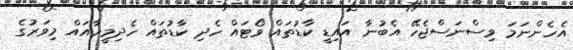
އެހެންނަމަ ވިސްނަސްޖެހޭ އެބުނާ އައިޑީ ކާޑުތައް ވޯޓައް ހެދި ކާޑުތައް ހެދިމީހާއައް މިވަރުގެ